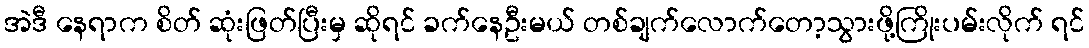
အဲဒီ နေရာက စိတ် ဆုံးဖြတ်ပြီးမှ ဆိုရင် ခက်နေဦးမယ် တစ်ချက်လောက်တော့သွားဖို့ကြိုးပမ်းလိုက် ရင်